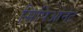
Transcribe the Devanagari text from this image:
सिपिओनेट